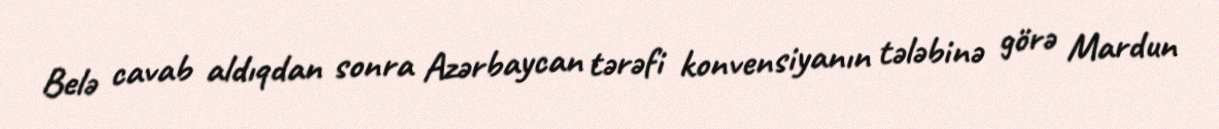
Belə cavab aldıqdan sonra Azərbaycan tərəfi konvensiyanın tələbinə görə Mardun